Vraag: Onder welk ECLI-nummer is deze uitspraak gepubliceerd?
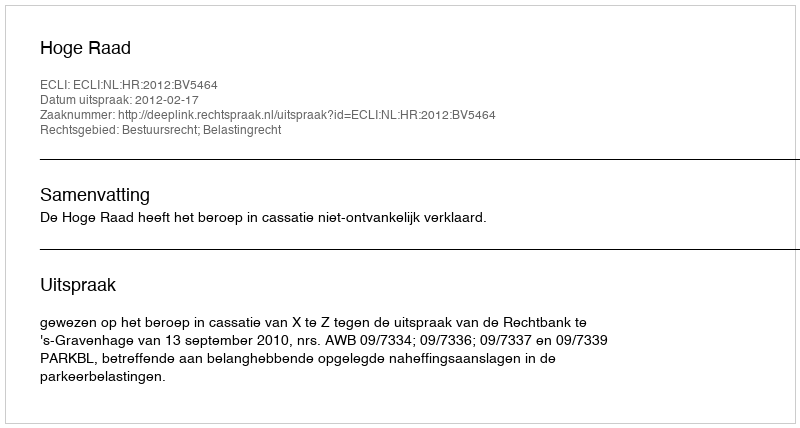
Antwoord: ECLI:NL:HR:2012:BV5464